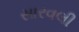
સારવલી